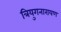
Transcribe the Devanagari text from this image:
त्रियुगनारायण